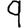
Digit: 9